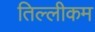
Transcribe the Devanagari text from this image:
तिल्लीकम